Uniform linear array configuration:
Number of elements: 64
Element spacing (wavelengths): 1
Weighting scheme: hann
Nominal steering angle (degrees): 30
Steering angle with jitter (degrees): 31.14
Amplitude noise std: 0.05
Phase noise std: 0.05

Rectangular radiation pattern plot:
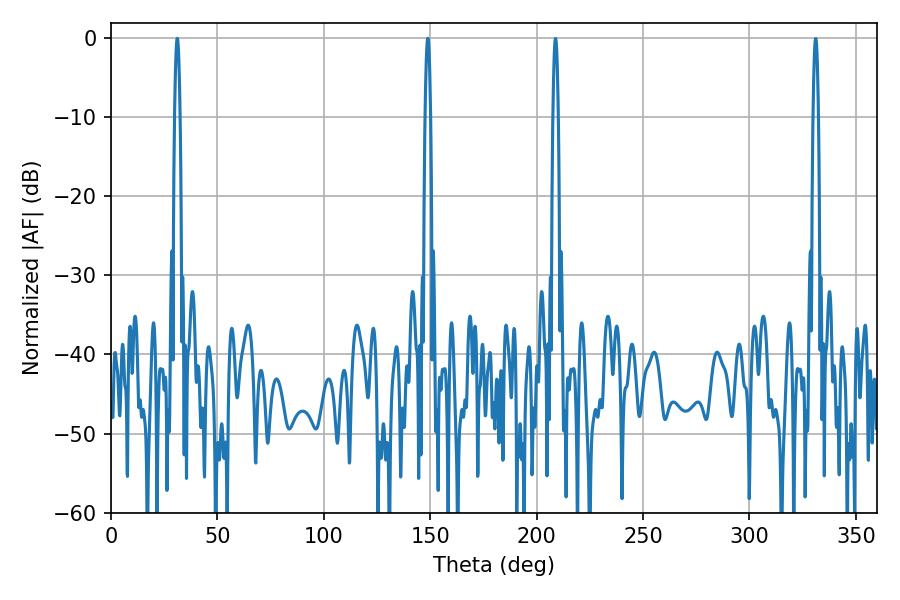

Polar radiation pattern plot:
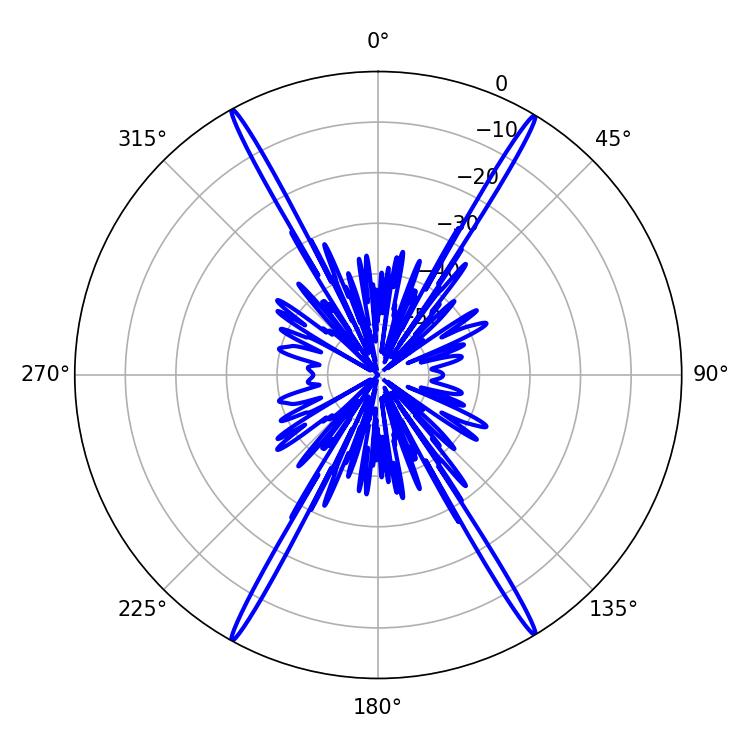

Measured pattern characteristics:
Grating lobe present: TRUE
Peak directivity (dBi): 29.065
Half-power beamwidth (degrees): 1.44
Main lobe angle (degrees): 31.14